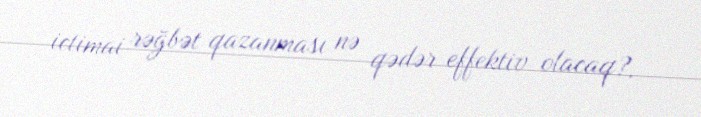
ictimai rəğbət qazanması nə qədər effektiv olacaq?.